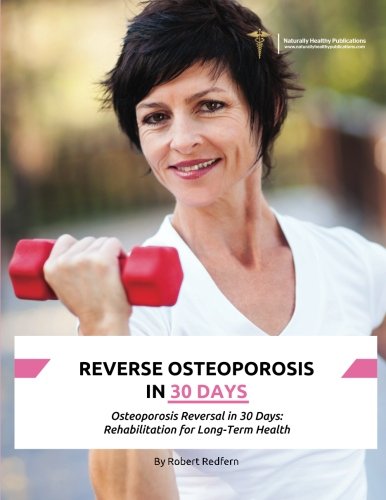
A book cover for Reverse Osteoporosis in 30 Days: Osteoporosis Reversal in 30 Days: Rehabilitation for Long-Term Health; Robert Redfern; Health, Fitness & Dieting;